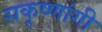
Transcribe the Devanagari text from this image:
सकृष्णांगी